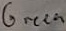
Text: Green